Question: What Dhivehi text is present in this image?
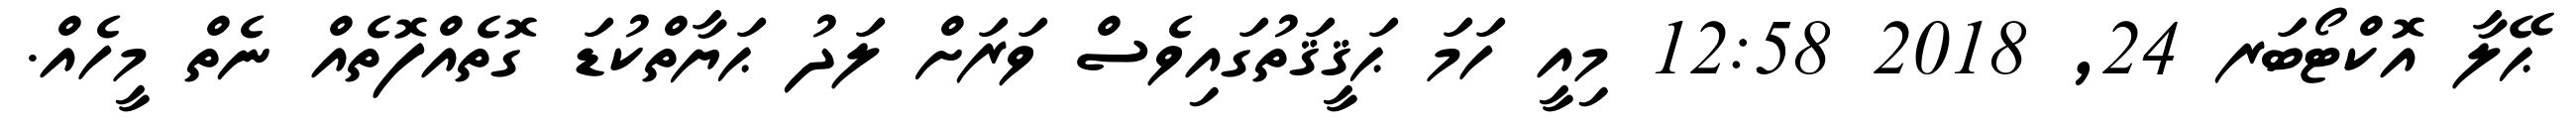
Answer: ޙޭލާ އޮކްޓޯބަރ 24, 2018 12:58 މިއީ ހަމަ ޙަޤީޤަތުގައިވެސް ވަރަށް ލަދު ޙަޔާތްކުޑަ ގޮތެއްފޮތެއް ނެތް މީހެއް.